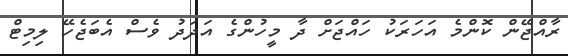
ރާއްޖޭން ކޮންމެ އަހަރަކު ހައްޖަށް ދާ މީހުންގެ އަދަދު ވެސް އެބަޖެހޭ ލިމިޓް